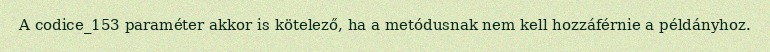
A codice_153 paraméter akkor is kötelező, ha a metódusnak nem kell hozzáférnie a példányhoz.